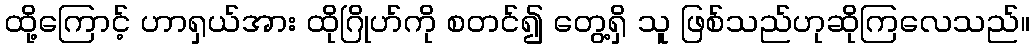
ထို့ကြောင့် ဟာရှယ်အား ထိုဂြိုဟ်ကို စတင်၍ တွေ့ရှိ သူ ဖြစ်သည်ဟုဆိုကြလေသည်။